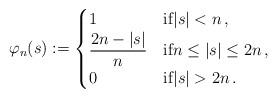
LaTeX: \begin{align*} \varphi_n(s) :=\begin{cases} 1 & \mbox{if} |s| < n \,, \\ \displaystyle \frac{2n-|s|}{n} & \mbox{if} n \le |s| \le 2n \,, \\ 0 & \mbox{if} |s| > 2n \,.\end{cases} \end{align*}